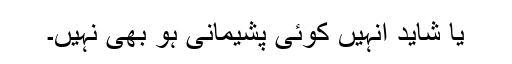
یا شاید انہیں کوئی پشیمانی ہو بھی نہیں۔